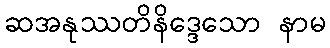
ဆအနုဿတိနိဒ္ဒေသော နာမ